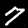
Label: 7